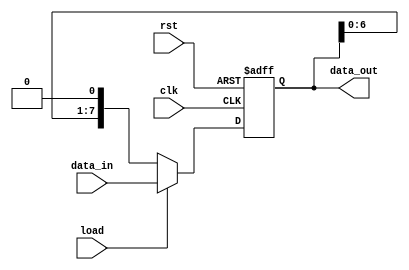
module parameterized_shift_register #(
    parameter WIDTH = 8,  // Default width of the shift register
    parameter DIR = 0     // Default direction (0: left, 1: right)
)(
    input wire clk,       // Clock signal
    input wire rst,       // Asynchronous reset
    input wire load,      // Load control signal
    input wire [WIDTH-1:0] data_in, // Input data bus
    output reg [WIDTH-1:0] data_out  // Output data bus
);

    // Always block triggered on the rising edge of the clock
    always @(posedge clk or posedge rst) begin
        if (rst) begin
            // Reset the shift register to zero
            data_out <= {WIDTH{1'b0}};
        end else if (load) begin
            // Load new data into the shift register
            data_out <= data_in;
        end else begin
            // Shift operation
            if (DIR == 0) begin
                // Shift Left
                data_out <= {data_out[WIDTH-2:0], 1'b0}; // Shift left and insert 0 at LSB
            end else begin
                // Shift Right
                data_out <= {1'b0, data_out[WIDTH-1:1]}; // Shift right and insert 0 at MSB
            end
        end
    end

endmodule